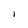
Character: 1